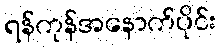
ရန်ကုန်အနောက်ပိုင်း